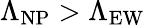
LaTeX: \Lambda_{\mathrm{NP}}>\Lambda_{\mathrm{EW}}